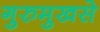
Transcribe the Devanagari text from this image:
गुरुमुखसे